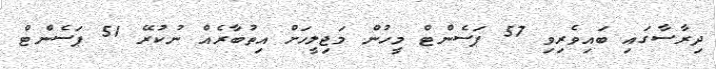
ދިރާސާގައި ބައިވެރިވި 57 ޕަސެންޓް މީހުން މަޖިލީހަށް އިތުބާރެއް ނުކުރޭ 51 ޕަސެންޓް